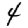
Digit: 4